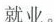
就业